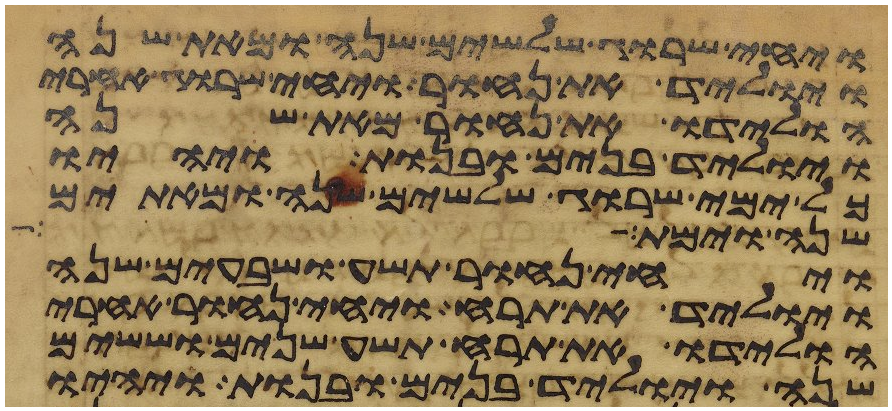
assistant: ויחי שרוג שלשים שנה ומאת שנה
ויוליד את נחור ויחי שרוג אחרי
הולידו את נחור מאת שנה
ויוליד בנים ובנות ויהיו
כל ימי שרוג שלשים שנה ומאתים
שנה וימת
ויחי נחור תשע ושבעים שנה
ויוליד את תרח ויחי נחור אחרי
הולידו את תרח תשע שנים וששים
שנה ויוליד בנים ובנות ויהיו